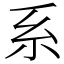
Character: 系